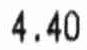
4.40